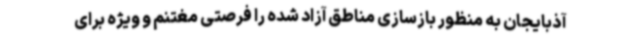
آذبایجان به منظور بازسازی مناطق آزاد شده را فرصتی مغتنم و ویژه برای